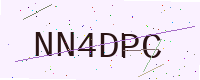
Text: NN4DPC